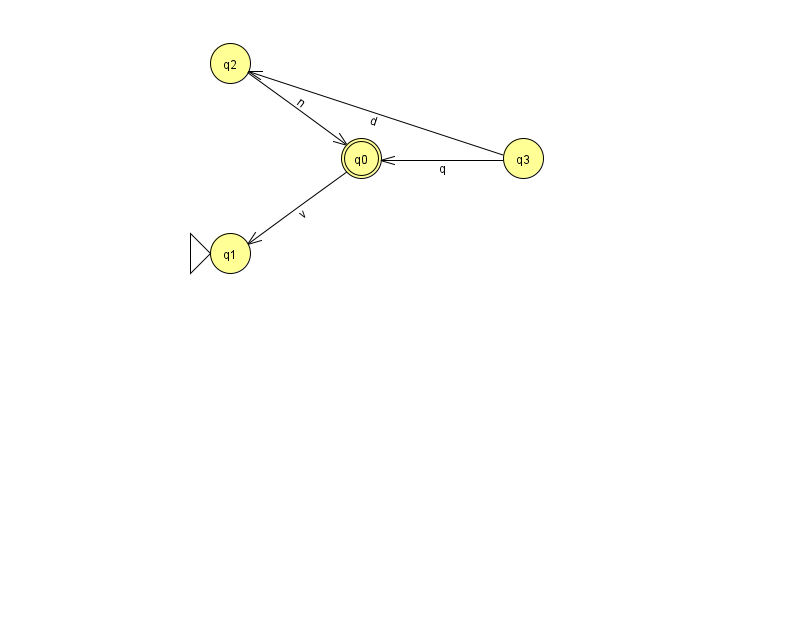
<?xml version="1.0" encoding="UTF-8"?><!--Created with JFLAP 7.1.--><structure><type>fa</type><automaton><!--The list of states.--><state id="0" name="q0"><x>361.0</x><y>145.0</y><final/></state><state id="1" name="q1"><x>230.0</x><y>240.0</y><initial/></state><state id="2" name="q2"><x>230.0</x><y>50.0</y></state><state id="3" name="q3"><x>523.0</x><y>145.0</y></state><!--The list of transitions.--><transition><from>0</from><to>1</to><read>v</read></transition><transition><from>3</from><to>2</to><read>d</read></transition><transition><from>2</from><to>0</to><read>n</read></transition><transition><from>3</from><to>0</to><read>q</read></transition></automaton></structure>